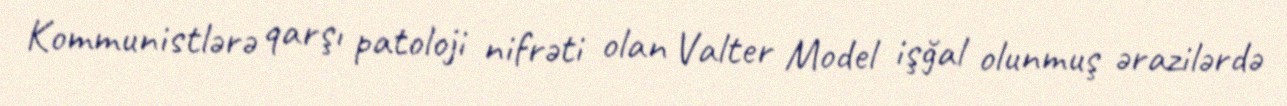
Kommunistlərə qarşı patoloji nifrəti olan Valter Model işğal olunmuş ərazilərdə